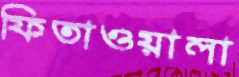
ফিতাওয়ালা